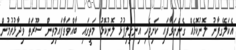
އެކަލޭގފާނު ލޮނުކޮޅެއް ގެންނަވާފައި ކަށިޖެހި އިނގިލިފުޅު ލޮނުކޮޅު މަތީގައި ބާއްވަވާފައމިތިން ސޫރަތް ވިދާޅުވުމުން